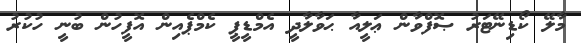
މާލޭ ކޯޑިނޭޓަރު ޞޮފްވާން ޢަލީއާ ޙަވާލާދީ އެމްޑީޕީ ކެމްޕެއިން އޮފީހުން ބުނީ ހުކުރު